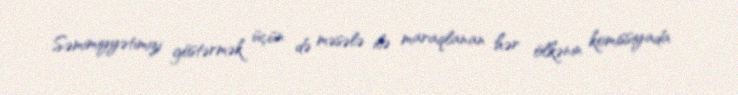
Səmimiyyətimizi göstərmək üçün də məsələ ilə maraqlanan hər ölkənin komissiyada